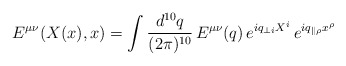
\begin{align*} E^{\mu \nu} (X(x),x) = \int \frac{d^{10} q}{(2 \pi)^{10}} \, E^{\mu \nu} (q) \,e^{iq_{\perp i} X^i} \, e^{i q_{\parallel \rho} x^{\rho}}\end{align*}